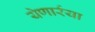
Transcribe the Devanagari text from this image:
येणार्रया